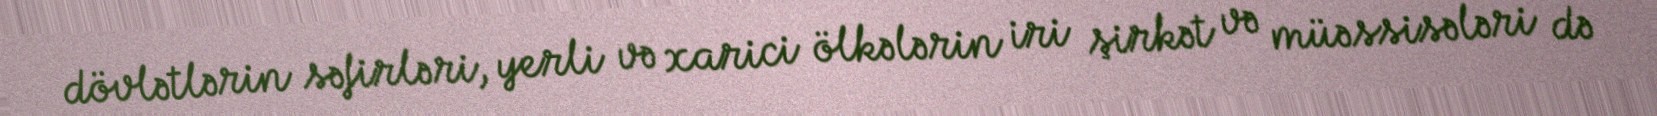
dövlətlərin səfirləri, yerli və xarici ölkələrin iri şirkət və müəssisələri də